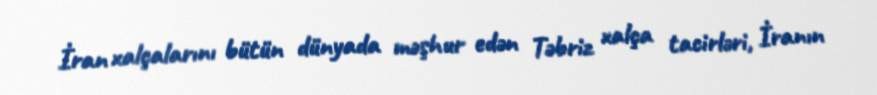
İran xalçalarını bütün dünyada məşhur edən Təbriz xalça tacirləri, İranın